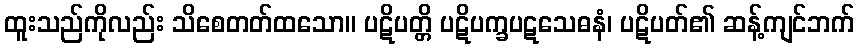
ထူးသည်ကိုလည်း သိစေတတ်ထသော။ ပဋိပတ္တိ ပဋိပက္ခပဋသေဓနံ၊ ပဋိပတ်၏ ဆန့်ကျင်ဘက်